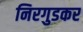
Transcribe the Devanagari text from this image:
निरगुडकर